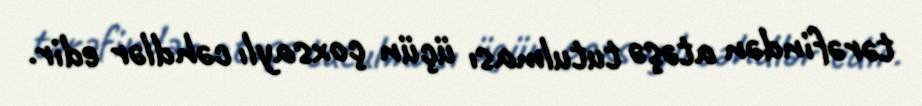
tərəfindən atəşə tutulması üçün çoxsaylı cəhdlər edir.